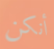
أنكن